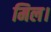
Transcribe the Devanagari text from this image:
मिल।